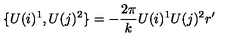
\{ U ( i ) ^ { 1 } , U ( j ) ^ { 2 } \} = - \frac { 2 \pi } { k } U ( i ) ^ { 1 } U ( j ) ^ { 2 } r ^ { \prime }